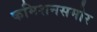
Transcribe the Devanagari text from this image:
कमिशनसमोर